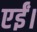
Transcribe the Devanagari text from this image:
एईं।